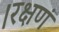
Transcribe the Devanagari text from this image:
।रक्षणं